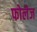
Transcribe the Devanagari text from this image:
फोलेज